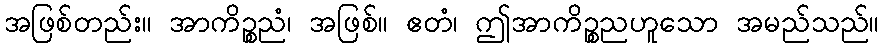
အဖြစ်တည်း။ အာကိဉ္စညံ၊ အဖြစ်။ ဧတံ၊ ဤအာကိဉ္စညဟူသော အမည်သည်။